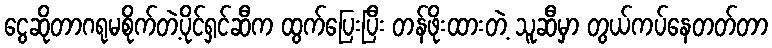
ငွေဆိုတာဂရုမစိုက်တဲ့ပိုင်ရှင်ဆီက ထွက်ပြေးပြီး တန်ဖိုးထားတဲ့ သူဆီမှာ တွယ်ကပ်နေတတ်တာ